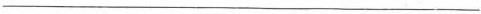
___